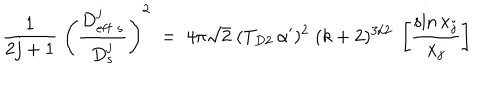
{ \frac { 1 } { 2 j + 1 } } \; \left( { \frac { D _ { \mathrm { e f f } \ s } ^ { j } } { D _ { s } ^ { j } } } \right) ^ { 2 } \; = \; 4 \pi \sqrt { 2 } \; ( T _ { D 2 } \, \alpha ^ { \prime } ) ^ { 2 } \; ( k + 2 ) ^ { 3 / 2 } \; \left[ { \frac { \sin x _ { j } } { x _ { j } } } \right]